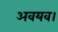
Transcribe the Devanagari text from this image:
अवयव।